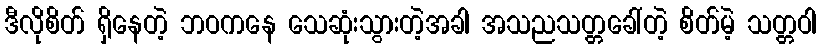
ဒီလိုစိတ် ရှိနေတဲ့ ဘဝကနေ သေဆုံးသွားတဲ့အခါ အသညသတ္တခေါ်တဲ့ စိတ်မဲ့ သတ္တဝါ